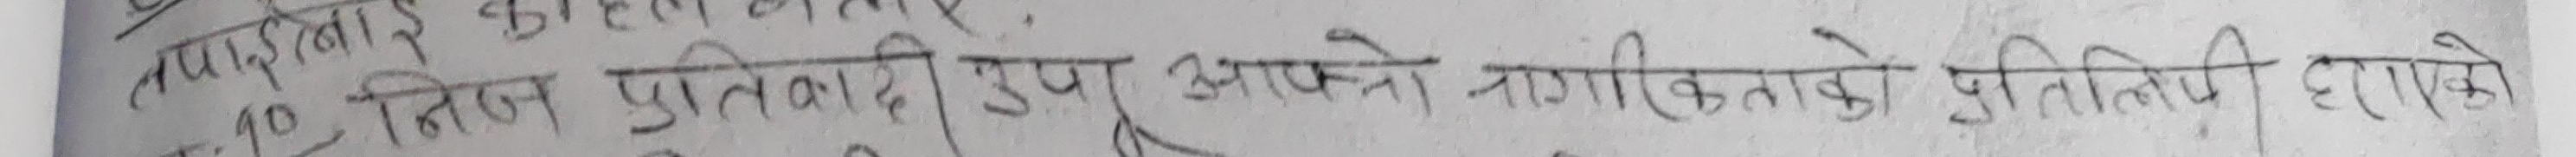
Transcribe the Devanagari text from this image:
१२. तिज प्रतिवादी टुंग आफ्नो नागरिकताको प्रतिलिपि हराएको